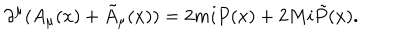
\partial ^ { \mu } ( A _ { \mu } ( x ) + \tilde { A } _ { \mu } ( x ) ) = 2 m i P ( x ) + 2 M i \tilde { P } ( x ) .